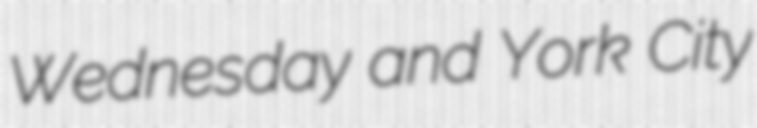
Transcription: Wednesday and York City